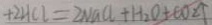
+ 2 H C l = 2 N a C l + H _ { 2 } O + C O _ { 2 } \uparrow